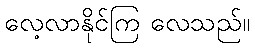
လေ့လာနိုင်ကြ လေသည်။